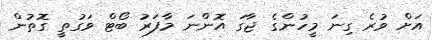
އަށް ވުރެ ގިނަ މީހުންގެ ޖާގަ އޮންނަ މާފަރު ބޯޓް ވަގުތީ ގޮތުން